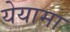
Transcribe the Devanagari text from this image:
येयामा